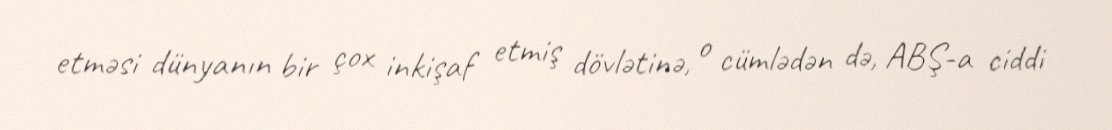
etməsi dünyanın bir çox inkişaf etmiş dövlətinə, o cümlədən də, ABŞ-a ciddi